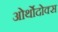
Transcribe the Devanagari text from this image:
ओर्थोदोक्स